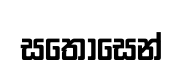
සතොසෙන්